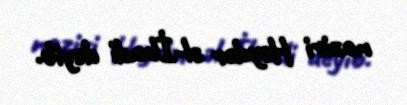
naziri Heydər əl-İbadi deyib.